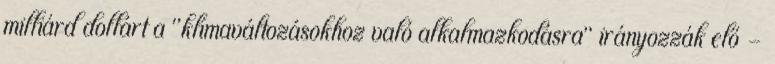
milliárd dollárt a "klímaváltozásokhoz való alkalmazkodásra" irányozzák elő -